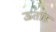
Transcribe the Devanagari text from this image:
ऊतार